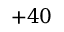
+ 4 0